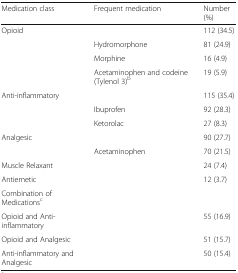
<table><thead><tr><td><b>Medication class</b></td><td><b>Frequent medication</b></td><td><b>Number (%)</b></td></tr></thead><tbody><tr><td>Opioid</td><td></td><td>112 (34.5)</td></tr><tr><td></td><td>Hydromorphone</td><td>81 (24.9)</td></tr><tr><td></td><td>Morphine</td><td>16 (4.9)</td></tr><tr><td></td><td>Acetaminophen and codeine (Tylenol 3)<sup>b</sup></td><td>19 (5.9)</td></tr><tr><td>Anti-inflammatory</td><td></td><td>115 (35.4)</td></tr><tr><td></td><td>Ibuprofen</td><td>92 (28.3)</td></tr><tr><td></td><td>Ketorolac</td><td>27 (8.3)</td></tr><tr><td>Analgesic</td><td></td><td>90 (27.7)</td></tr><tr><td></td><td>Acetaminophen</td><td>70 (21.5)</td></tr><tr><td>Muscle Relaxant</td><td></td><td>24 (7.4)</td></tr><tr><td>Antiemetic</td><td></td><td>12 (3.7)</td></tr><tr><td>Combination of Medications<sup>c</sup></td><td></td><td></td></tr><tr><td>Opioid and Anti-inflammatory</td><td></td><td>55 (16.9)</td></tr><tr><td>Opioid and Analgesic</td><td></td><td>51 (15.7)</td></tr><tr><td>Anti-inflammatory and Analgesic</td><td></td><td>50 (15.4)</td></tr></tbody></table>